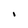
Character: I